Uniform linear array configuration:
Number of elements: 4
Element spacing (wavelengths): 0.75
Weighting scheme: hamming
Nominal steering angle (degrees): -15
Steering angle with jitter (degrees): -16.76
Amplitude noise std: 0.05
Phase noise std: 0.05

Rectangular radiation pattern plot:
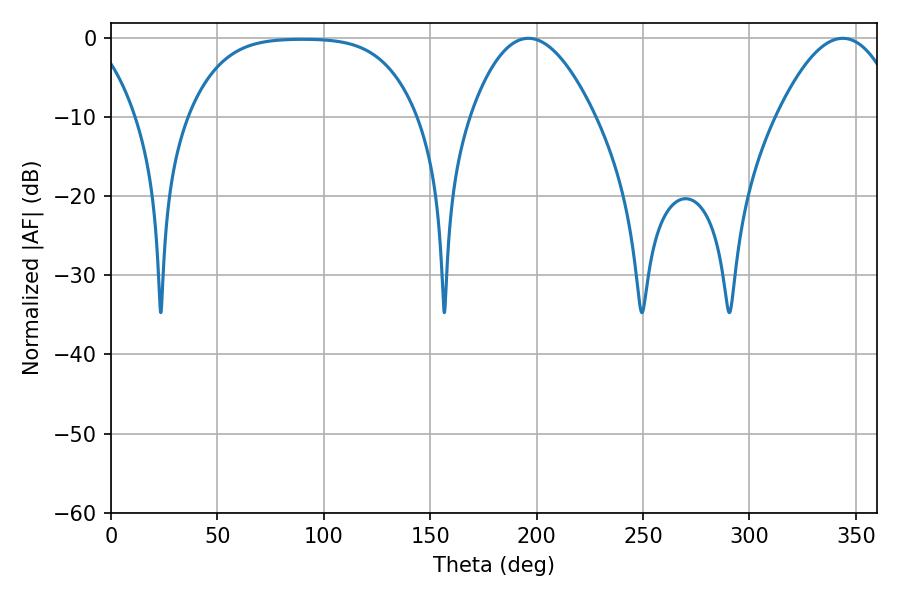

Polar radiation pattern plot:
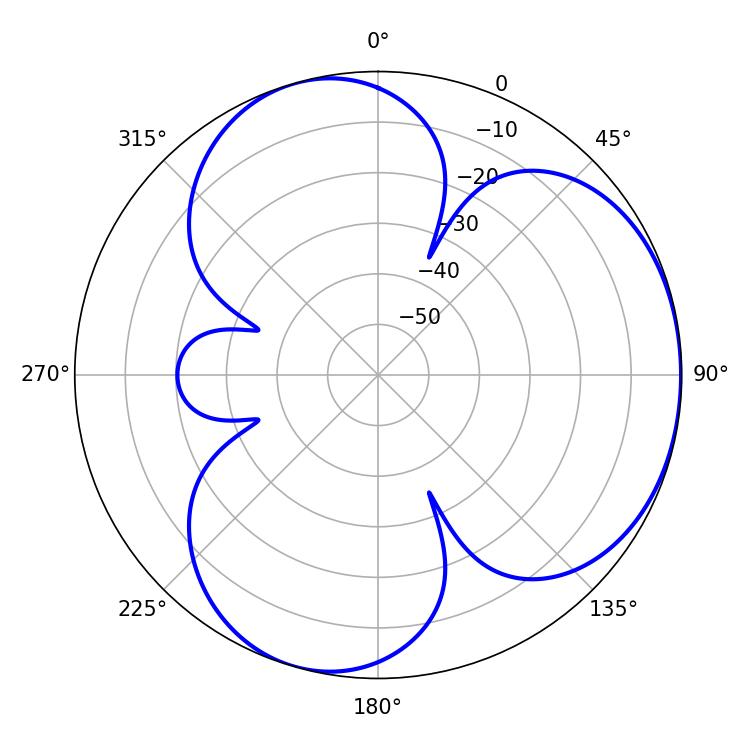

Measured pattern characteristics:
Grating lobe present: TRUE
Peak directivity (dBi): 3.958
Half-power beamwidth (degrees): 32.04
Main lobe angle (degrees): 196.2